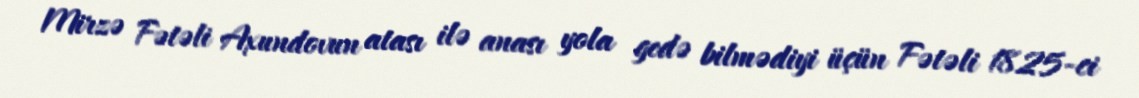
Mirzə Fətəli Axundovun atası ilə anası yola gedə bilmədiyi üçün Fətəli 1825-ci